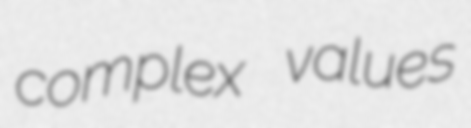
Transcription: complex values